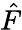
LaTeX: \hat{F}